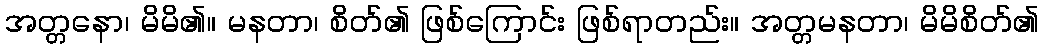
အတ္တနော၊ မိမိ၏။ မနတာ၊ စိတ်၏ ဖြစ်ကြောင်း ဖြစ်ရာတည်း။ အတ္တမနတာ၊ မိမိစိတ်၏